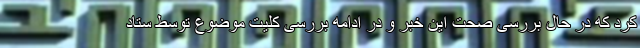
کرد که در حال بررسی صحت این خبر و در ادامه بررسی کلیت موضوع توسط ستاد